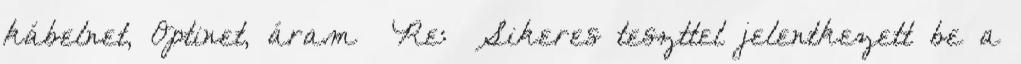
kábelnet, Optinet, áram Re:Sikeres teszttel jelentkezett be a